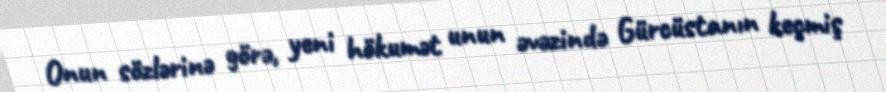
Onun sözlərinə görə, yeni hökumət unun əvəzində Gürcüstanın keçmiş